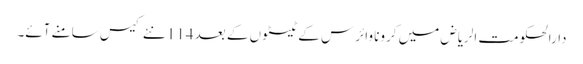
دارالحکومت الریاض میں کرونا وائرس کے ٹیسٹوں کے بعد 114 نئے کیس سامنے آئے۔